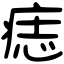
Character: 痣